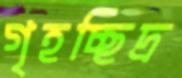
গৃহচ্ছিদ্র